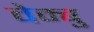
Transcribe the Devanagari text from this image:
वेम्बु